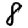
Digit: 8